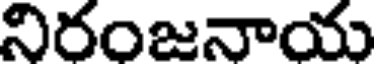
నిరంజనాయ